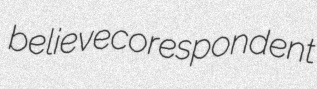
believe corespondent